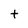
Character: t